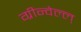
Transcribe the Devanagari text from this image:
ग्रीन्वेल्ल्